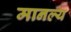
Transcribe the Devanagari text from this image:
मानल्य